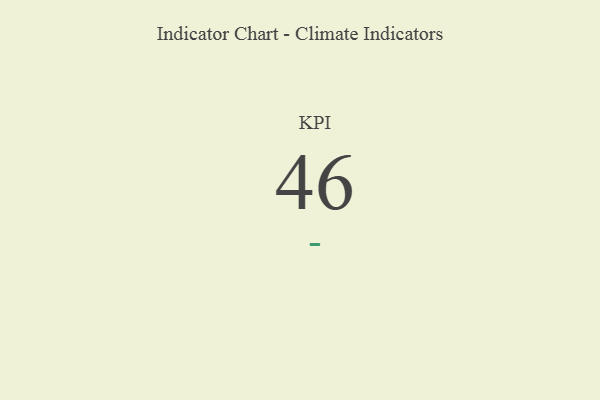
{"axis": {"x": "KPI", "y": "Value"}, "legend": [""], "data": [{"x": "KPI", "y": 46, "type": ""}]}